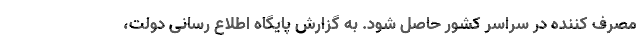
مصرف کننده در سراسر کشور حاصل شود. به گزارش پایگاه اطلاع رسانی دولت،